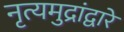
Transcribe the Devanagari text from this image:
नृत्यमुद्रांद्वारे